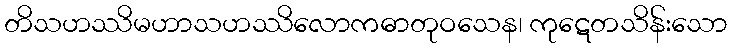
တိသဟဿိမဟာသဟဿိလောကဓာတုဝသေန၊ ကုဋေတသိန်းသော